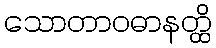
သောတာဝဓာနတ္ထိ